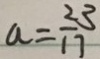
a = \frac { 2 3 } { 1 7 }